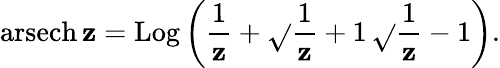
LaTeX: \operatorname{arsech}\mathbf{z}=\operatorname{Log}\left({\frac{{1}}{{\mathbf{z}}}}+{\sqrt{}{{{\frac{{1}}{{\mathbf{z}}}}+1}}}\, {\sqrt{}{{{\frac{{1}}{{\mathbf{z}}}}-1}}}\right).